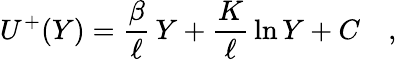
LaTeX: U^{+}(Y)=\frac{\beta}{\ell}\, Y+\frac{K}{\ell}\, \ln{Y}+C\quad,